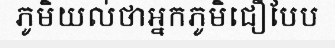
ភូមិយល់ថាអ្នកភូមិជឿបែប